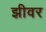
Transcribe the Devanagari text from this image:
झीवर